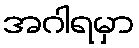
အဂါရမှာ